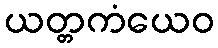
ယတ္တကံယေဝ